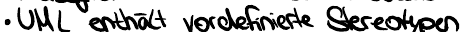
UML enthält vordefinierte Stereotypen